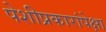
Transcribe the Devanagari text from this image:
पेशीप्रकारांपेक्षा